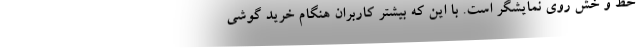
خط و خش روی نمایشگر است. با این که بیشتر کاربران هنگام خرید گوشی